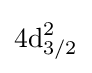
{\text{4d}}_{3/2}^{2}